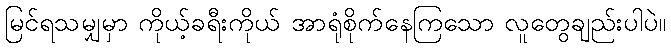
မြင်ရသမျှမှာ ကိုယ့်ခရီးကိုယ် အာရုံစိုက်နေကြသော လူတွေချည်းပါပဲ။